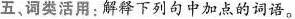
五词类活用：解释下列句中加点的词语。